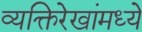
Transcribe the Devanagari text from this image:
व्यक्तिरेखांमध्ये